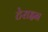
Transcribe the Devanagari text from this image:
टेराइन